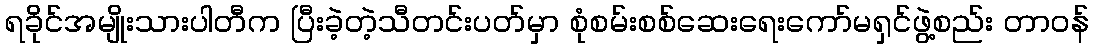
ရခိုင်အမျိုးသားပါတီက ပြီးခဲ့တဲ့သီတင်းပတ်မှာ စုံစမ်းစစ်ဆေးရေးကော်မရှင်ဖွဲ့စည်း တာဝန်